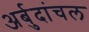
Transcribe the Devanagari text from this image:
अर्बुदांचल